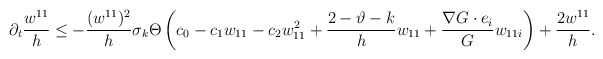
\begin{align*}\partial_{t}\frac{w^{11}}{h}\leq -\frac{(w^{11})^{2}}{h}\sigma_{k}\Theta\left(c_{0} -c_{1} w_{11}-c_{2}w^{2}_{11}+\frac{2-\vartheta-k}{h} w_{11}+\frac{\nabla G\cdot e_{i}}{G}w_{11i}\right)+\frac{2w^{11}}{h}.\end{align*}